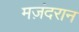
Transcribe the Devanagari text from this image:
मज़ंदरान